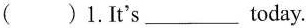
()1.I's ___today.